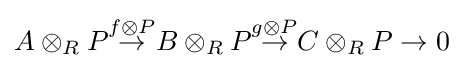
A\otimes _{R}P{\stackrel {f\otimes P}{\to }}B\otimes _{R}P{\stackrel {g\otimes P}{\to }}C\otimes _{R}P\to 0